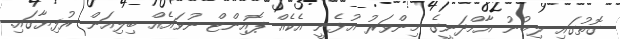
ގޮތުގައި ލިބުނު އާމްދަނީގެ މިންވަރު އުޅެނީ އެކެއް ޕޮއިންޓް ނުވައެއް ބިލިއަން ރުފިޔާގައި.